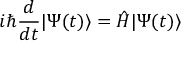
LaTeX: i \hbar { \frac { d } { d t } } \vert \Psi ( t ) \rangle = { \hat { H } } \vert \Psi ( t ) \rangle